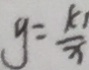
y = \frac { k _ { 1 } } { x }